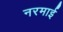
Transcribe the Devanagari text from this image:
नरमाई